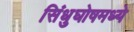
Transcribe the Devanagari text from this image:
सिंधुघोषमध्ये